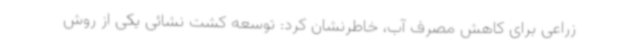
زراعی برای کاهش مصرف آب، خاطرنشان کرد: توسعه کشت نشائی یکی از روش